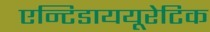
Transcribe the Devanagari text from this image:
एन्टिडाययूरेटिक